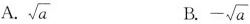
A. \sqrt{a} B. - \sqrt{a}